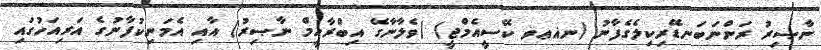
ނާޞިރު ރަންނަބަނޑޭރިކިލެގެފާނު (ނޣޢވ ކޭސީއެމްޖީ) (ވެލާނާގޭ އިބްރާހީމް ނާޞިރު) އާއި އެމަނިކުފާނުގެ އަރިއަހުގައި